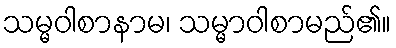
သမ္မဝါစာနာမ၊ သမ္မာဝါစာမည်၏။